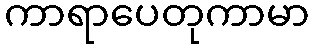
ကာရာပေတုကာမာ